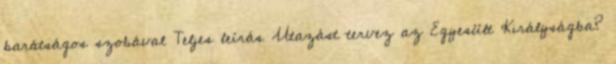
barátságos szobával Teljes leírás Utazást tervez az Egyesült Királyságba?